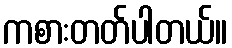
ကစားတတ်ပါတယ်။